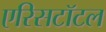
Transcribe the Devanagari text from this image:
एरिसटॉटल